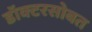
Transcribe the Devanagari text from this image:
डॉक्टरसोबत